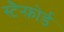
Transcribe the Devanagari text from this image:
स्टैन्फ़ोर्ड